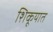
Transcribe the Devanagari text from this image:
शिकूयात